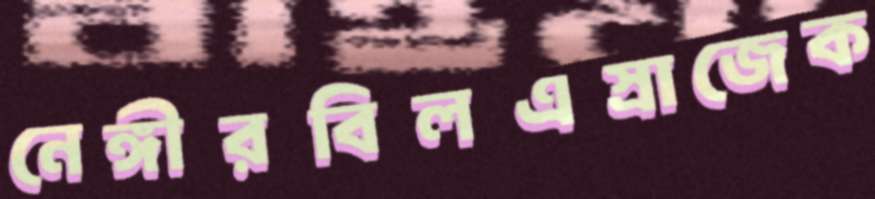
নেঙ্গীরবিলএস্রাজেক